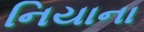
નિયાના